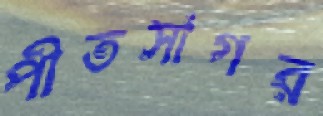
পীতসাগর